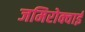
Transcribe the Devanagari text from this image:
जमिरोक्वाई